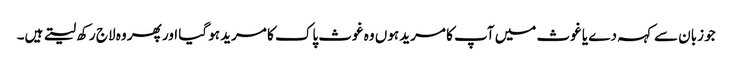
جو زبان سے کہہ دے یا غوث میں آپ کا مرید ہوں وہ غوث پاک کا مرید ہو گیا اور پھر وہ لاج رکھ لیتے ہیں۔